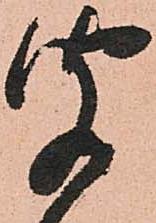
聞